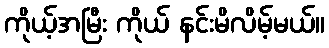
ကိုယ့်အမြီး ကိုယ် နင်းမိလိမ့်မယ်။